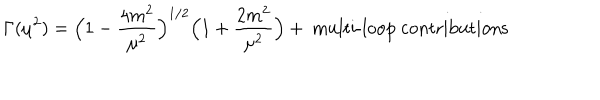
\Gamma ( \mu ^ { 2 } ) = \Bigl ( 1 - \frac { 4 m ^ { 2 } } { \mu ^ { 2 } } \Bigr ) ^ { 1 / 2 } \Bigl ( 1 + \frac { 2 m ^ { 2 } } { \mu ^ { 2 } } \Bigr ) + \mathrm { ~ m u l t i - l o o p ~ c o n t r i b u t i o n s }